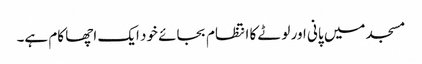
مسجد میں پانی اور لوٹے کا انتظام بجائے خود ایک اچھا کام ہے۔